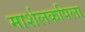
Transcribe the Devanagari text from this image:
मार्शलकपिला